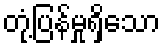
တုံ့ပြန်မှုရှိသော